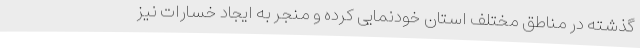
گذشته در مناطق مختلف استان خودنمایی کرده و منجر به ایجاد خسارات نیز